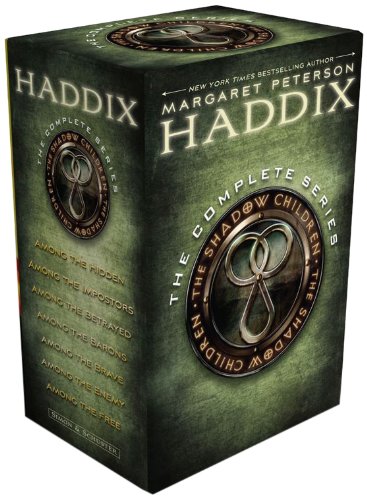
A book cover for The Shadow Children, the Complete Series: Among the Hidden; Among the Impostors; Among the Betrayed; Among the Barons; Among the Brave; Among the Enemy; Among the Free; Margaret Peterson Haddix; Children's Books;